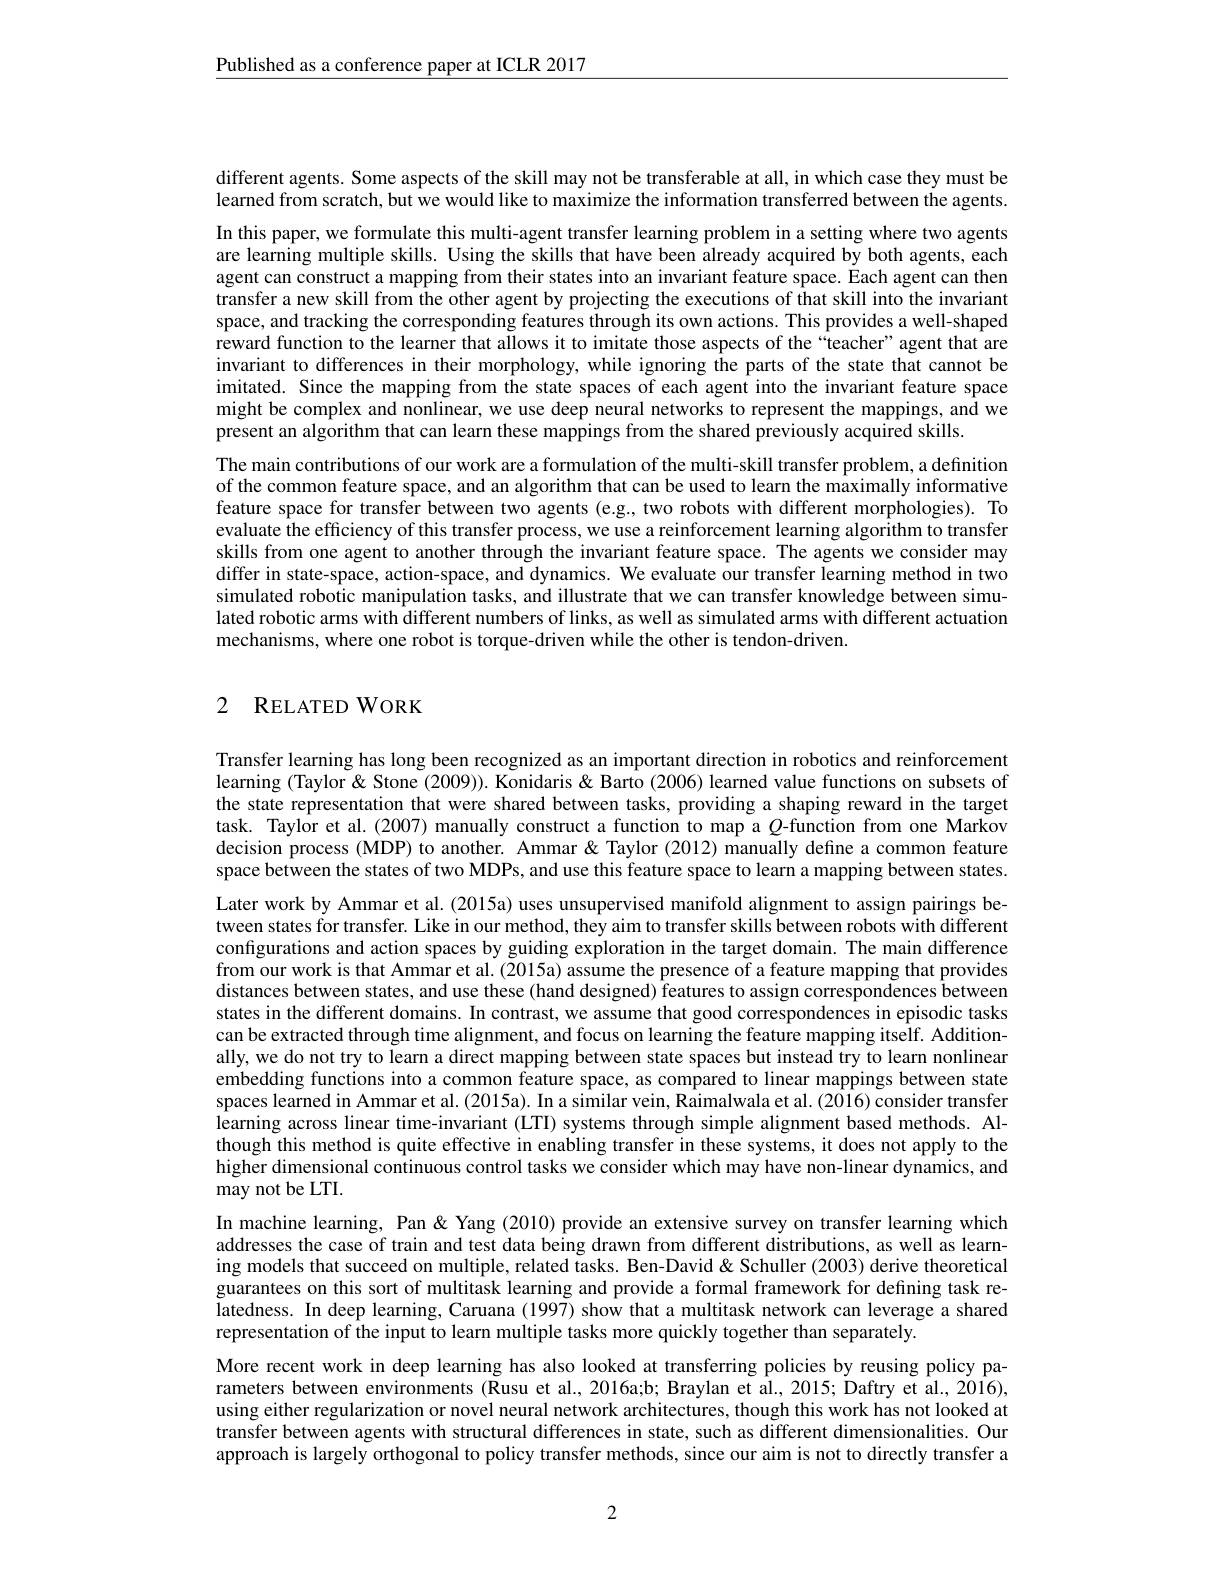
$\underline{\text{Published as a conference paper at ICLR 2017}}$

different agents. Some aspects of the skill may not be transferable at all, in which case they must be learned from scratch, but we would like to maximize the information transferred between the agents.

In this paper, we formulate this multi-agent transfer learning problem in a setting where two agents are learning multiple skills. Using the skills that have been already acquired by both agents, each agent can construct a mapping from their states into an invariant feature space. Each agent can then transfer a new skill from the other agent by projecting the executions of that skill into the invariant space, and tracking the corresponding features through its own actions. This provides a well-shaped reward function to the learner that allows it to imitate those aspects of the“teacher” agent that are invariant to differences in their morphology, while ignoring the parts of the state that cannot be imitated. Since the mapping from the state spaces of each agent into the invariant feature space might be complex and nonlinear, we use deep neural networks to represent the mappings, and we present an algorithm that can learn these mappings from the shared previously acquired skills.
The main contributions of our work are a formulation of the multi-skill transfer problem, a definition of the common feature space, and an algorithm that can be used to learn the maximally informative feature space for transfer between two agents (e.g., two robots with different morphologies). To evaluate the efficiency of this transfer process, we use a reinforcement learning algorithm to transfer skills from one agent to another through the invariant feature space. The agents we consider may differ in state-space, action-space, and dynamics. We evaluate our transfer learning method in two simulated robotic manipulation tasks, and illustrate that we can transfer knowledge between simulated robotic arms with different numbers of links, as well as simulated arms with different actuation mechanisms, where one robot is torque-driven while the other is tendon-driven.

## 2 RELATED WORK

Transfer learning has long been recognized as an important direction in robotics and reinforcement learning (Taylor& Stone (2009)). Konidaris& Barto (2006) learned value functions on subsets of the state representation that were shared between tasks, providing a shaping reward in the target task. Taylor et al. (2007) manually construct a function to map a $Q$-function from one Markov decision process (MDP) to another. Ammar& Taylor (2012) manually define a common feature space between the states of two MDPs, and use this feature space to learn a mapping between states. Later work by Ammar et al. (2015a) uses unsupervised manifold alignment to assign pairings between states for transfer. Like in our method, they aim to transfer skills between robots with different configurations and action spaces by guiding exploration in the target domain. The main difference from our work is that Ammar et al. (2015a) assume the presence of a feature mapping that provides distances between states, and use these (hand designed) features to assign correspondences between states in the different domains. In contrast, we assume that good correspondences in episodic tasks can be extracted through time alignment, and focus on learning the feature mapping itself. Additionally, we do not try to learn a direct mapping between state spaces but instead try to learn nonlinear embedding functions into a common feature space, as compared to linear mappings between state spaces learned in Ammar et al. (2015a). In a similar vein, Raimalwala et al. (2016) consider transfer learning across linear time-invariant (LTI) systems through simple alignment based methods. Although this method is quite effective in enabling transfer in these systems, it does not apply to the higher dimensional continuous control tasks we consider which may have non-linear dynamics, and may not be LTI.
In machine learning, Pan & Yang (2010) provide an extensive survey on transfer learning which addresses the case of train and test data being drawn from different distributions, as well as learning models that succeed on multiple, related tasks. Ben-David & Schuller (2003) derive theoretical guarantees on this sort of multitask learning and provide a formal framework for defining task relatedness. In deep learning, Caruana (1997) show that a multitask network can leverage a shared representation of the input to learn multiple tasks more quickly together than separately.
More recent work in deep learning has also looked at transferring policies by reusing policy parameters between environments (Rusu et al., 2016a;b; Braylan et al., 2015; Daftry et al., 2016), using either regularization or novel neural network architectures, though this work has not looked at transfer between agents with structural differences in state, such as different dimensionalities. Our approach is largely orthogonal to policy transfer methods, since our aim is not to directly transfer a

2